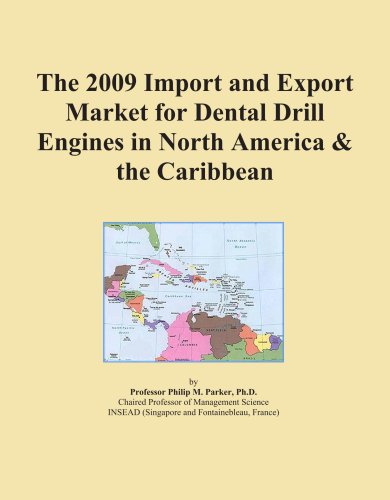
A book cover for The 2009 Import and Export Market for Dental Drill Engines in North America & the Caribbean; Icon Group; Medical Books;